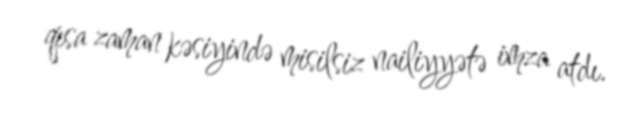
qısa zaman kəsiyində misilsiz nailiyyətə imza atdı.